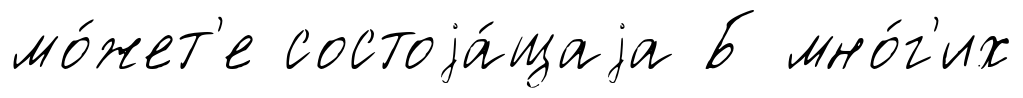
мо́жет'е состоjа́щаjа Б мно́г'их